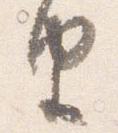
由